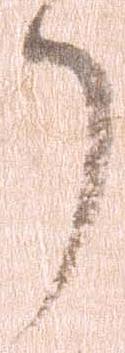
了